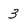
Character: 3